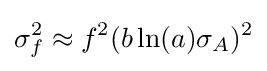
\sigma _{f}^{2}\approx f^{2}(b\ln(a)\sigma _{A})^{2}